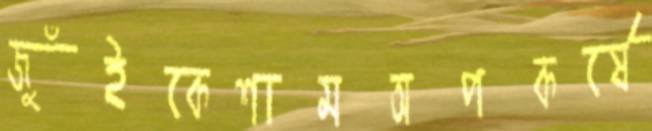
জুঁইকেশামঅপকর্ষে